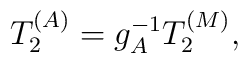
T_2^{(A)} = g_A^{-1}  T_2^{(M)},